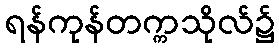
ရန်ကုန်တက္ကသိုလ်၌